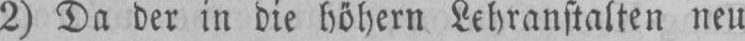
2) Da der in die höhern Lehranstalten neu